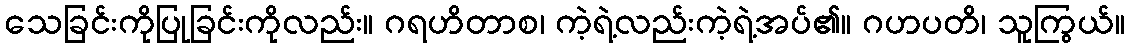
သေခြင်းကိုပြုခြင်းကိုလည်း။ ဂရဟိတာစ၊ ကဲ့ရဲ့လည်းကဲ့ရဲ့အပ်၏။ ဂဟပတိ၊ သူကြွယ်။